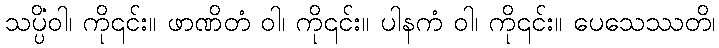
သပ္ပိံဝါ၊ ကို၎င်း။ ဖာဏိတံ ဝါ၊ ကို၎င်း။ ပါနကံ ဝါ၊ ကို၎င်း။ ပေသေဿတိ၊